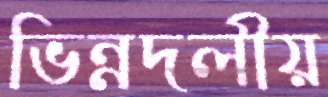
ভিন্নদলীয়